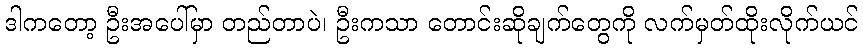
ဒါကတော့ ဦးအပေါ်မှာ တည်တာပဲ၊ ဦးကသာ တောင်းဆိုချက်တွေကို လက်မှတ်ထိုးလိုက်ယင်